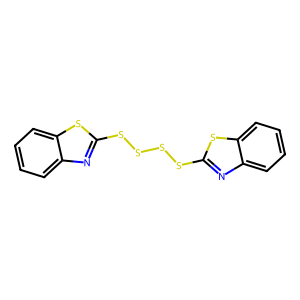
SMILES: c1ccc2sc(SSSSc3nc4ccccc4s3)nc2c1
Inhibits HIV replication: No